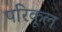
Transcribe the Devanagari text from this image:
परिकूल